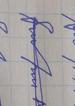
Signature authenticity: forged